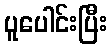
ပူပေါင်းပြီး